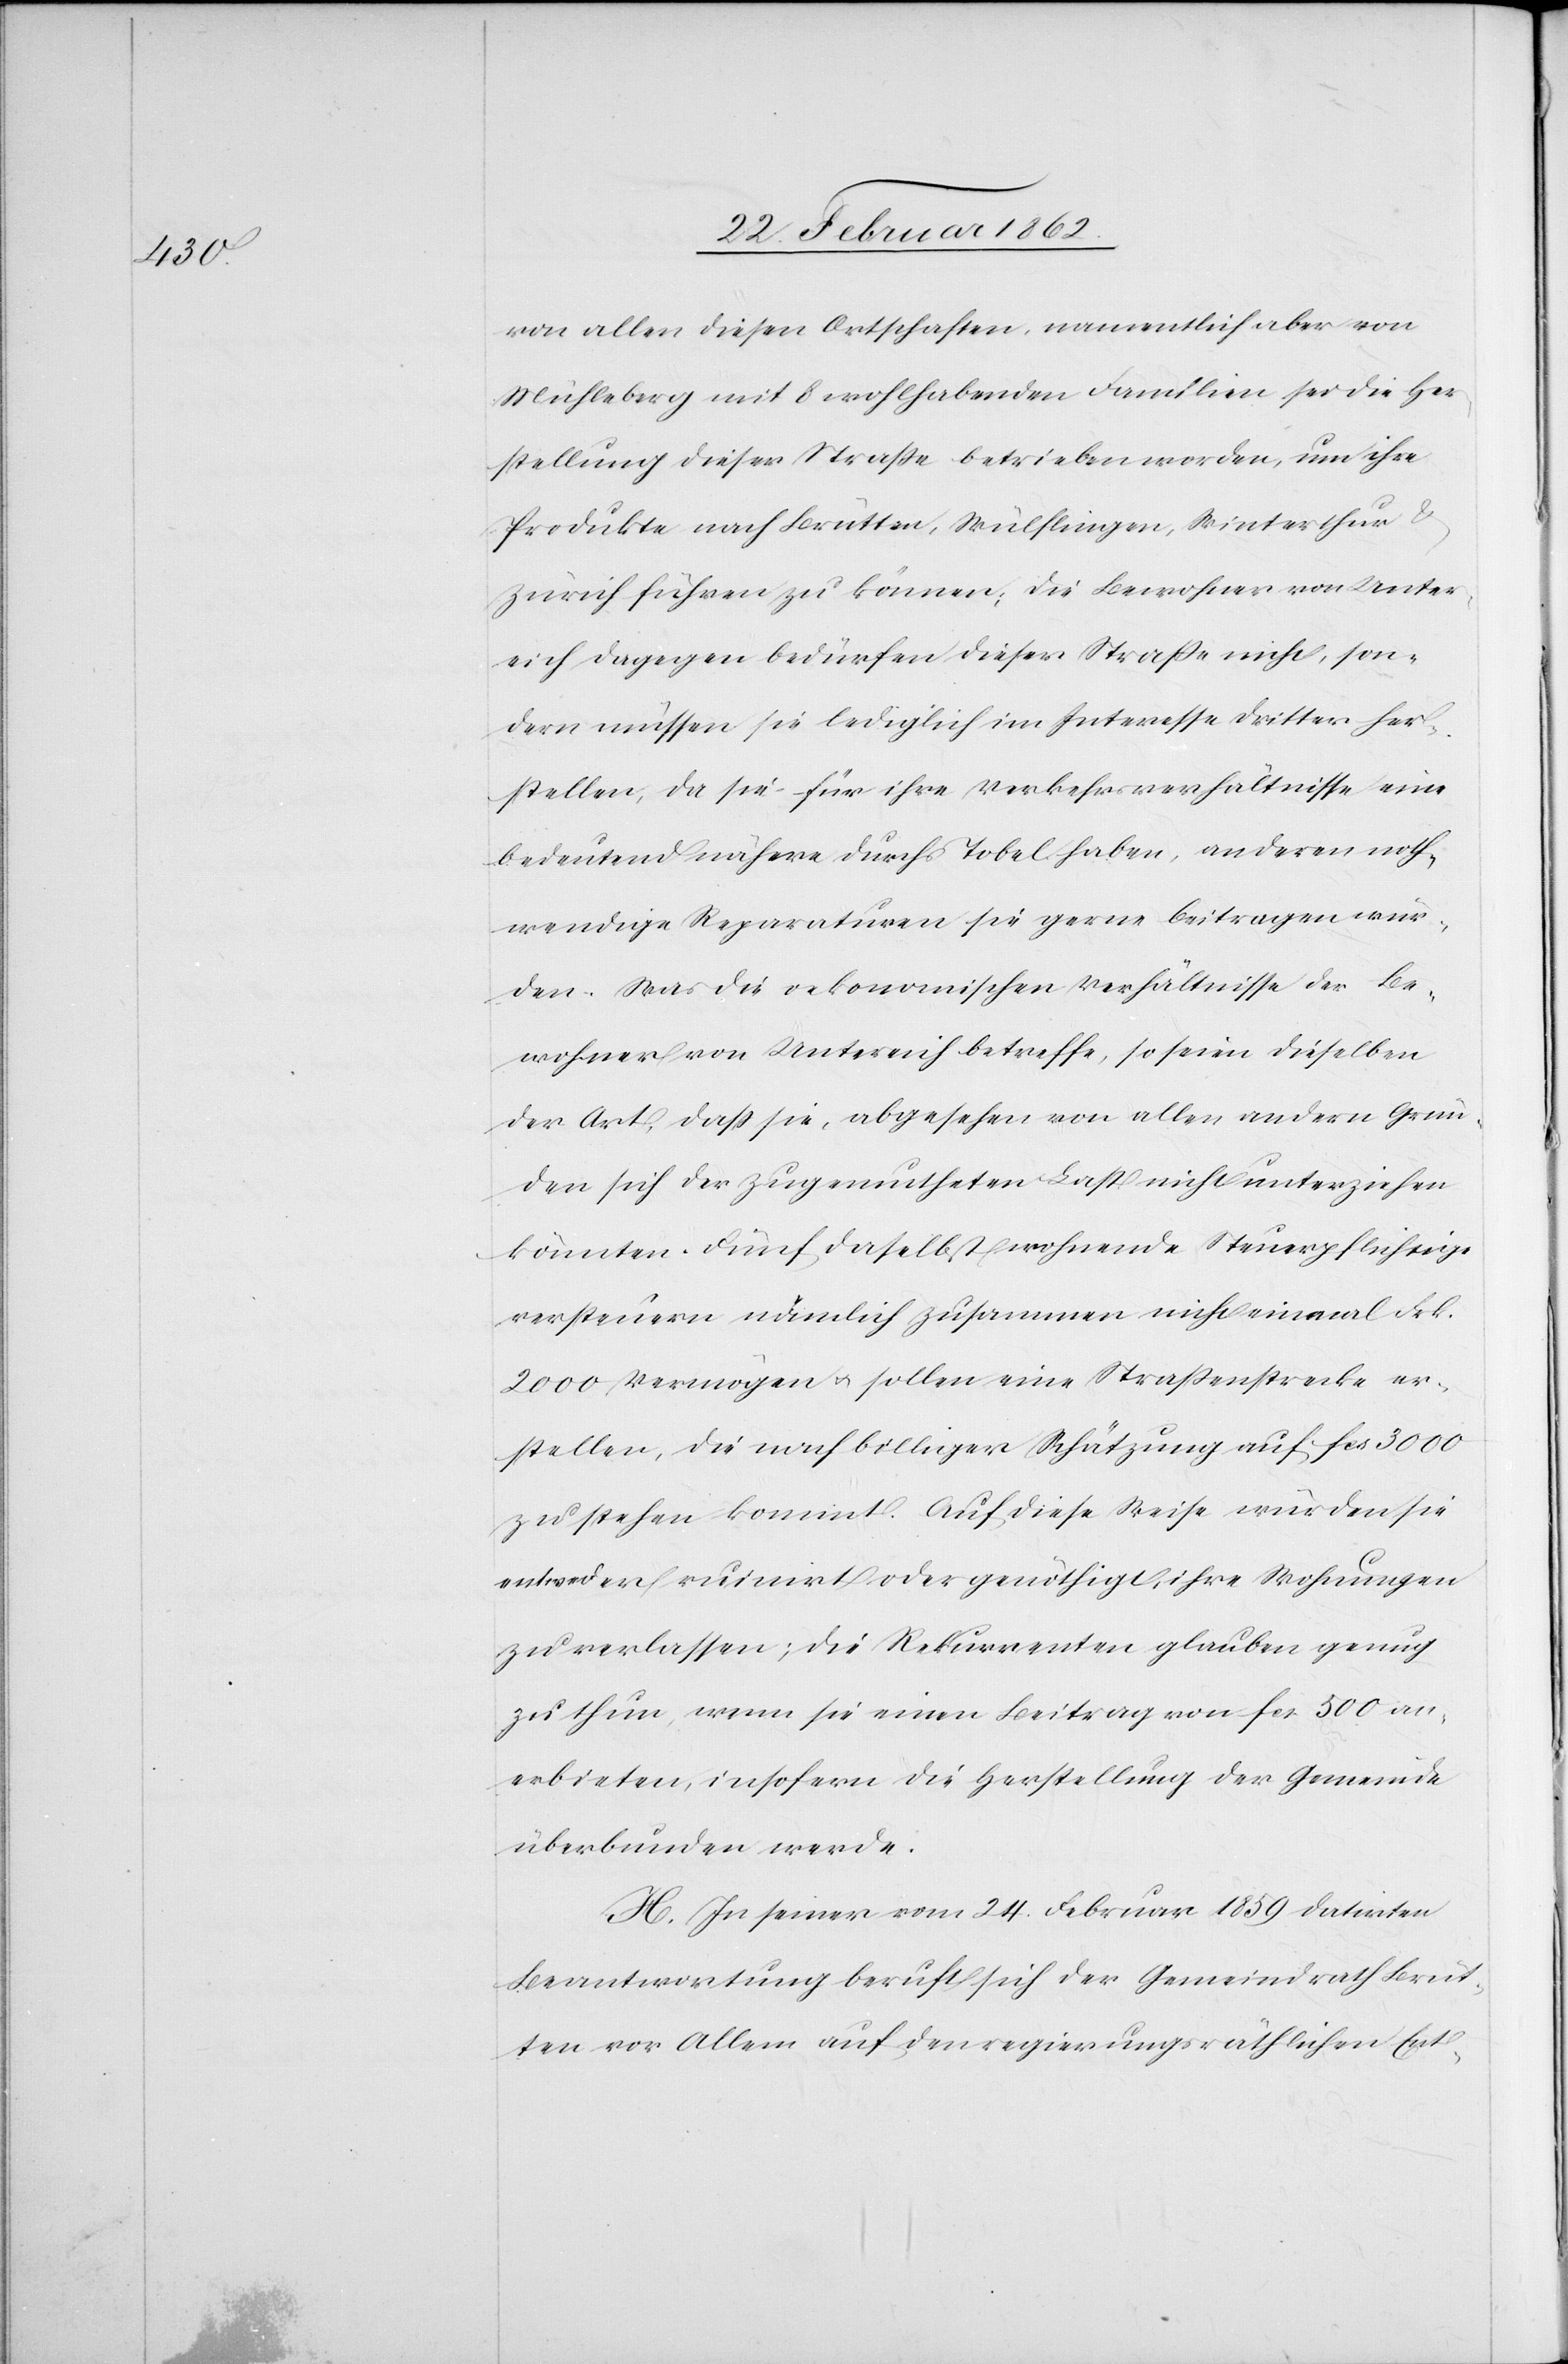
von allen diesen Ortschaften, namentlich aber von
Mühleberg mit 8 wohlhabenden Familien sei die Her¬
stellung dieser Straße betrieben worden, um ihre
Produkte nach Brütten, Wülflingen, Winterthur &
Zürich führen zu können; die Bewohner von Unter¬
eich dagegen bedürfen dieser Straße nicht, son¬
dern müssen sie lediglich im Interesse Dritter her¬
stellen, da sie für ihre Verkehrsverhältnisse eine
bedeutend nähere durchs Tobel haben, an deren noth¬
wendige Reparaturen sie gerne beitragen wür¬
den. Was die oekonomischen Verhältnisse der Be¬
wohner von Untereich betreffe, so seien dieselben
der Art, daß sie, abgesehen von allen andern Grün¬
den sich der zugemutheten Last nicht unterziehen
könnten. Fünf daselbst wohnende Steuerpflichtige
versteuern nämlich zusammen nicht einmal Frk.
2000 Vermögen u. sollen eine Straßenstrecke er¬
stellen, die nach billiger Schätzung auf fcs 3000
zu stehen kommt. Auf diese Weise würden sie
entweder ruinirt oder genöthigt, ihre Wohnungen
zu verlassen; die Rekurrenten glauben genug
zu thun, wenn sie einen Beitrag von fcs 500 an¬
erbieten, insofern die Herstellung der Gemeinde
überbunden werde.
H. In seiner vom 24. Februar 1859 datirten
Beantwortung beruft sich der Gemeindrath Brüt¬
ten vor Allem auf den regierungsräthlichen Ent-